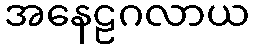
အနေဠဂလာယ